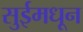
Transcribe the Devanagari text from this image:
सुईमधून